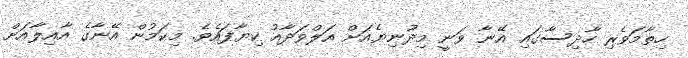
ހިތާމަވެރި ހާދިސާގައި އޭނާ ވަނީ މިދުނިޔެއަށް އަލްވަދާއު ކިޔާފައެވެ. މިކަމުން އޭނާގެ އާއިލާއަށް